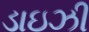
ડાઇઝી